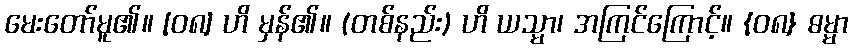
မေးတော်မူ၏။ [၀၈] ဟိ မှန်၏။ (တစ်နည်း) ဟိ ယသ္မာ၊ အကြင်ကြောင့်။ {၀၈} ဓမ္မာ